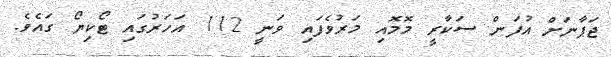
ޖަޕާނަށް އުފަން ސަކާރީ މޮމޮއި މަރުވެފައި ވަނީ 112 އަހަރުގައި ޓޯކިޔޯ ގައެވެ.